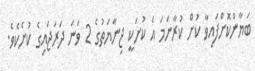
ބަޔާންކޮށްފައިވާ ކުށް ކުރާނަމަ އެ ކުށަކީ ޖިނާޔަތުގެ 2 ވަނަ ދަރަޖައިގެ ކުށެކެވެ.